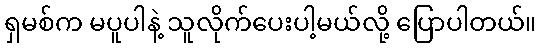
ရှမစ်က မပူပါနဲ့ သူလိုက်ပေးပါ့မယ်လို့ ပြောပါတယ်။